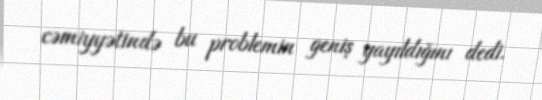
cəmiyyətində bu problemin geniş yayıldığını dedi.